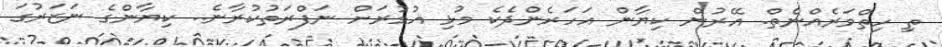
ތި ހިތްވަރެއްނެތް. އޭރުން ކިޔާން އަހަރެންދެކެ މުޅި އުމުރަށް ނަފްރަތުކުރާނެ.. ކިޔާންގެ ނަޒަރުގަ